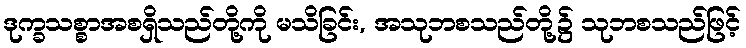
ဒုက္ခသစ္စာအစရှိသည်တို့ကို မသိခြင်း, အသုဘစသည်တို့၌ သုဘစသည်ဖြင့်